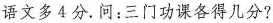
语文多4分。问：三门功课各得几分?